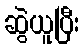
ဆွဲယူပြီး